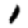
Digit: 1